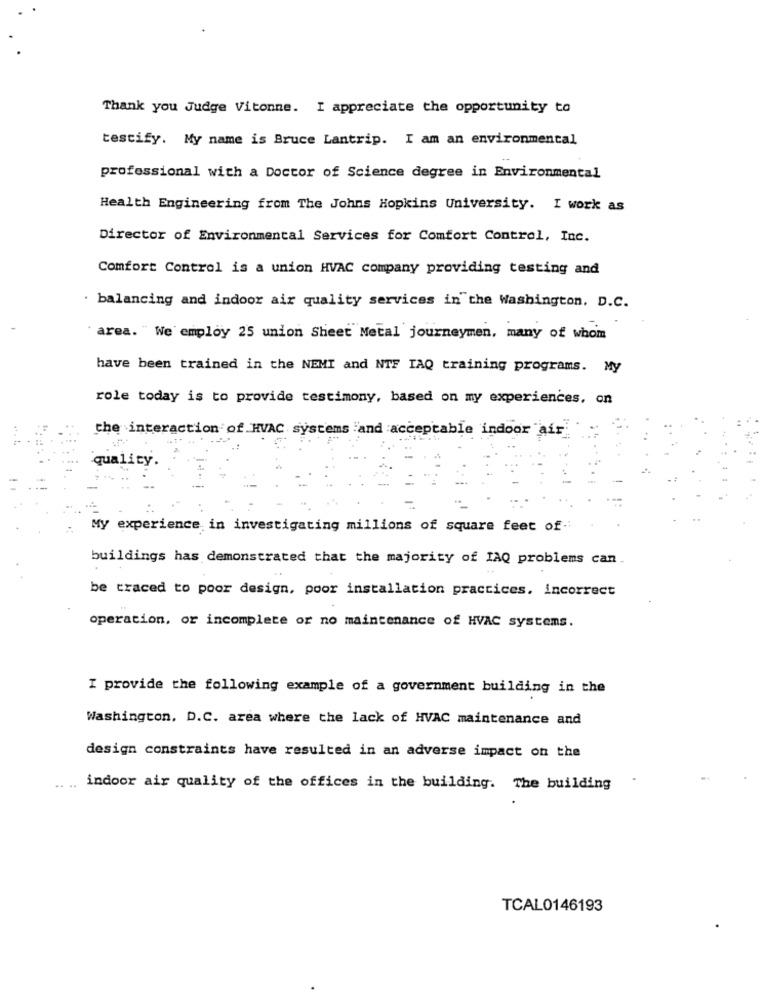
Thank you Judge Vitonne. I appreciate the opportunity to
testify. My name is Bruce Lantrip. I am an environmental
professional with a Doctor of Science degree in Environmental
Health Engineering from The Johns Hopkins University. I work as
Director of Environmental Services for Comfort Control, Inc.
Comfort Control is a union HVAC company providing testing and
balancing and indoor air quality services in the Washington, D.C.
" area. " We employ 25 union Sheet Metal journeymen, many of whom
have been trained in the NEMT and NTF IAQ training programs. My
role today is to provide testimony, based on my experiences. on
the interaction of HVAC systems and acceptable indoor air
quality.
My experience in investigating millions of square feet of
buildings has demonstrated that the majority of IAQ problems can.
be traced to poor design, poor installation practices. incorrect
operation, or incomplete or no maintenance of HVAC systems.
I provide the following example of a government building in the
Washington, D.C. area where the lack of HVAC maintenance and
design constraints have resulted in an adverse impact on the
...
indoor air quality of the offices in the building. The building
TCAL0146193